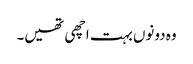
وہ دونوں بہت اچھی تھیں۔